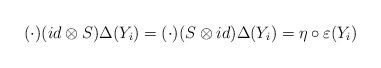
LaTeX: \begin{align*}(\cdot)(id\otimes S)\Delta(Y_i) = (\cdot)(S \otimes id)\Delta(Y_i)= \eta \circ \varepsilon (Y_i)\end{align*}